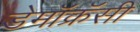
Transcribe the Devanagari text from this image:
डेमॉक्रॅसी